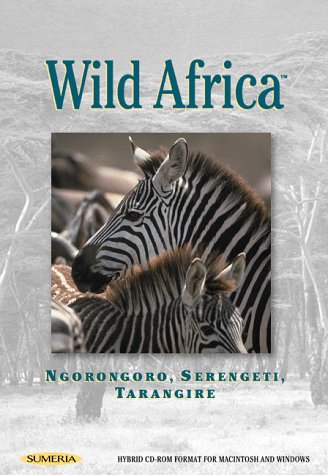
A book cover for Wild Africa Volume 1 : Ngorongoro, Serengeti, Tarangire (2nd Edition); Jerry Borrell; Travel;